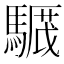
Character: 𩥸